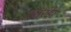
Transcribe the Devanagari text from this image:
सारंडा